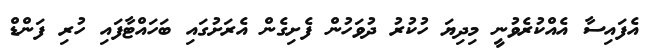
އެފައިސާ އެއްކުރެވުނީ މިދިޔަ ހުކުރު ދުވަހުން ފެށިގެން އެރަށުގައި ބަހައްޓާފައި ހުރި ފަންޑް